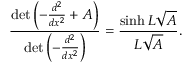
{ \frac { \operatorname* { d e t } \left( - { \frac { d ^ { 2 } } { d x ^ { 2 } } } + A \right) } { \operatorname* { d e t } \left( - { \frac { d ^ { 2 } } { d x ^ { 2 } } } \right) } } = { \frac { \sinh L { \sqrt { A } } } { L { \sqrt { A } } } } .